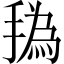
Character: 𰔐